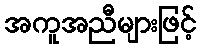
အကူအညီများဖြင့်